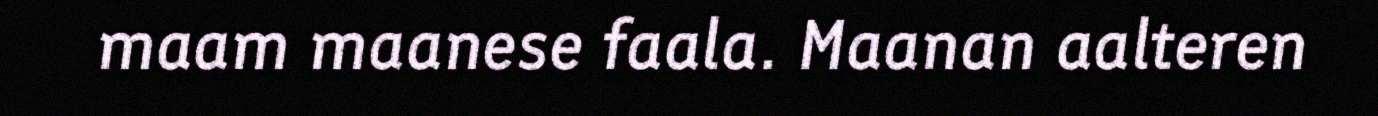
maam maanese faala. Maanan aalteren